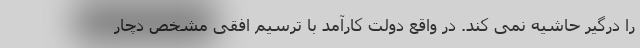
را درگیر حاشیه نمی کند. در واقع دولت کارآمد با ترسیم افقی مشخص دچار